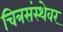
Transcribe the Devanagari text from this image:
चित्रसंस्थेवर